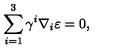
\sum _ { i = 1 } ^ { 3 } \gamma ^ { i } \nabla _ { i } \varepsilon = 0 ,